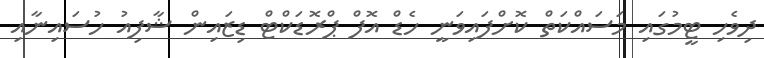
ދިވެހި ޓީމުގައި މަސައްކަތް ކޮށްފައިވަނީ ހެޑް އޮފް ޕްރޮޑަކްޓް ޑިޒައިން ޝާފިއު ހުސައިނާއި